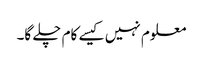
معلوم نہیں کیسے کام چلے گا۔